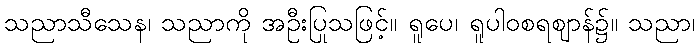
သညာသီသေန၊ သညာကို အဦးပြုသဖြင့်။ ရူပေ၊ ရူပါဝစရဈာန်၌။ သညာ၊